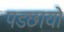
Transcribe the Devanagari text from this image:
पडछायो